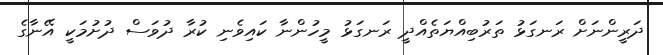
ދަރީންނަށް ރަނގަޅު ތަރުބިއްޔަތެއްދީ ރަނގަޅު މީހުންނާ ކައިވެނި ކުރާ ދުވަސް ދުށުމަކީ އޭނާގެ